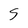
Character: S